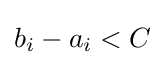
b_{i}-a_{i}<C